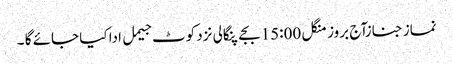
نماز جنازآج بروز منگل 15:00بجے پنگالی نزد کوٹ جیمل ادا کیا جائے گا ۔